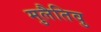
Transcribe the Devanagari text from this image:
मुलैतिवु